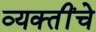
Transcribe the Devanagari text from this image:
व्‍यक्‍तींचे